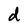
Character: d